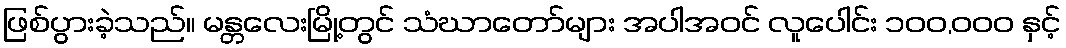
ဖြစ်ပွားခဲ့သည်။ မန္တလေးမြို့တွင် သံဃာတော်များ အပါအဝင် လူပေါင်း ၁၀၀,၀၀၀ နှင့်